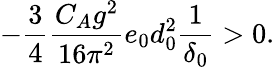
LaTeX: -\frac 34\frac{C_{A}g^{2}}{16\pi^{2}}e_{0}d_{0}^{2}\frac 1{\delta_{0}}>0.